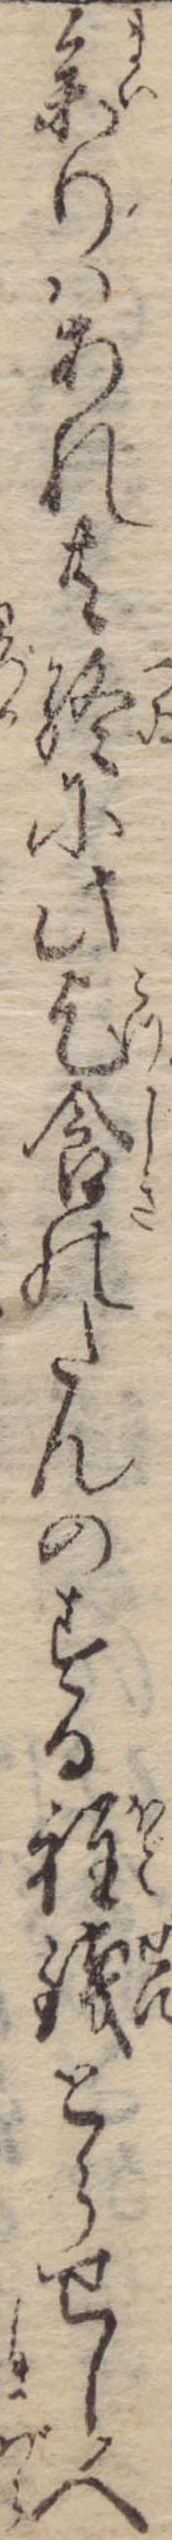
参りはあれ共終に此乞食のたんのする程銭とらせし人